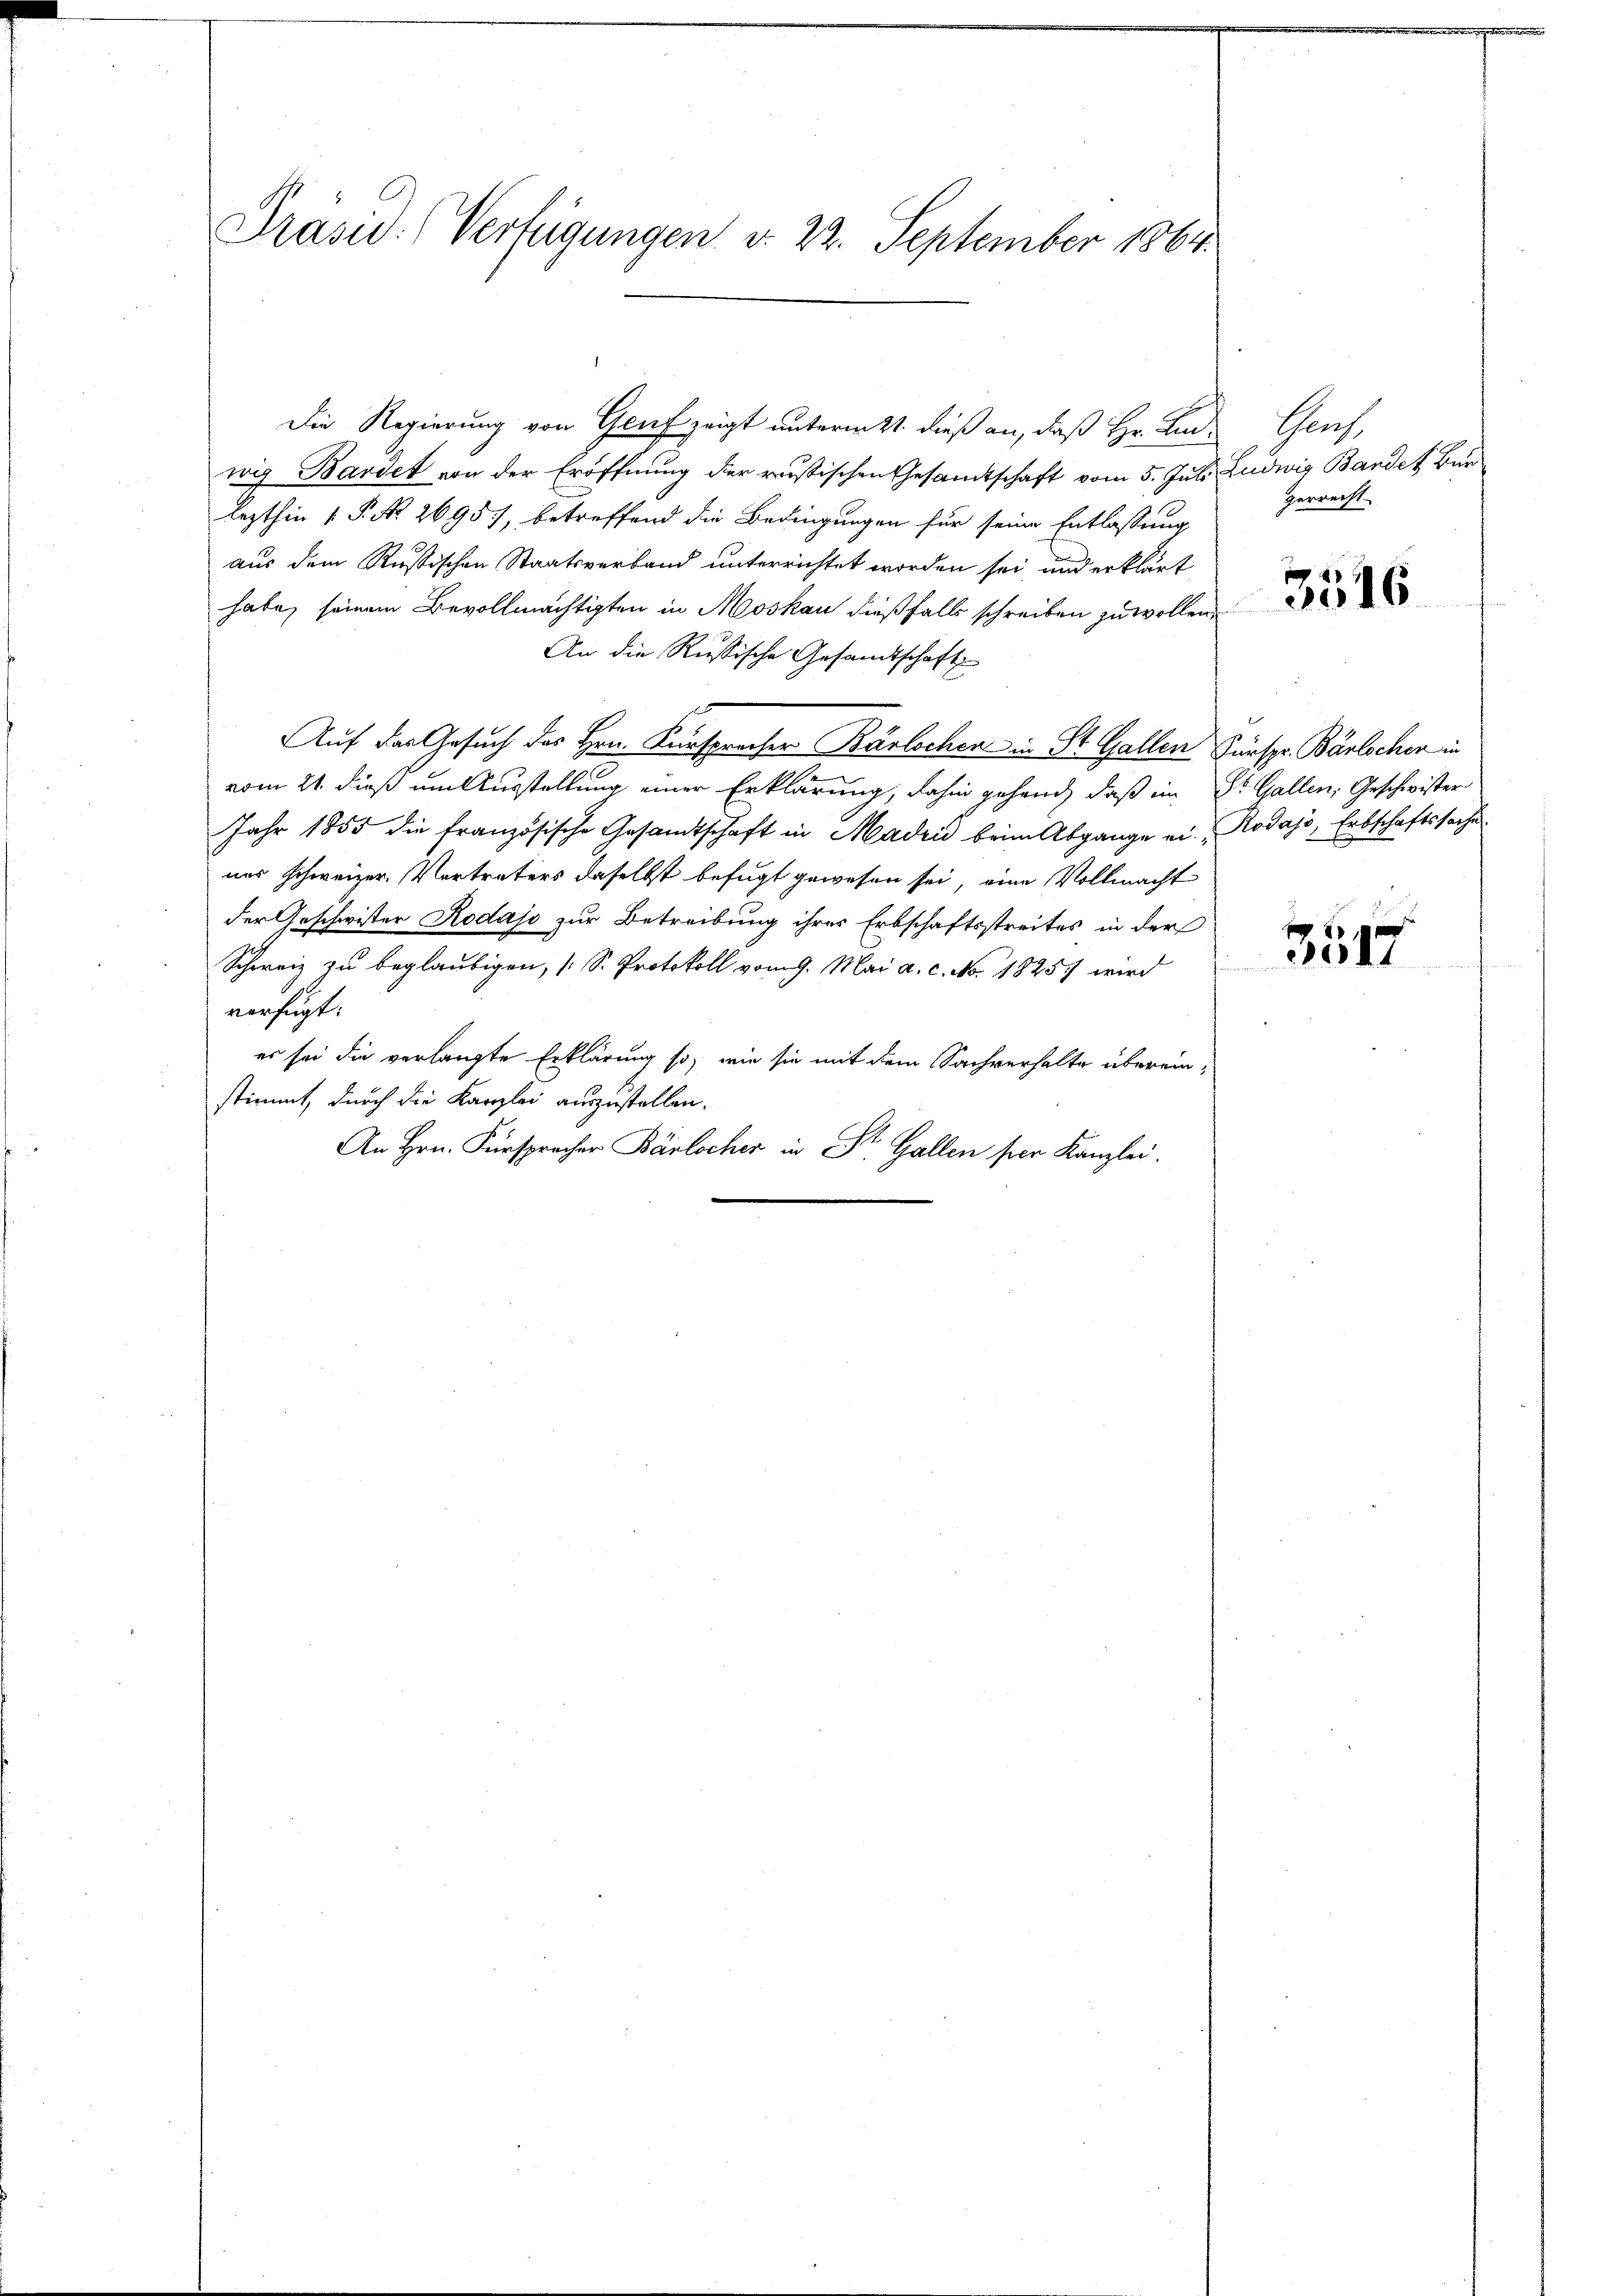
Präsid. (Verfügungen d. 22. September 1864.

Die Regierung von Gruf zeigt unterm 21. dieß an, daß Hr. Ein-
wig Bardet von der Eröffnung der russischen Gesamtschaft vom 5. Juli Ludwig Bandes Bur
lezthin 1 P. Nr. 2695), betreffend die Bedingungen für seine Entlassung
aus dem Russischen Staatsverband unterrichtet worden sei, und erklärt
habe, seinem Bevollmächtigten in Moskau dießfalls schreiben zu wollen.
An die Russische Gesandtschaft
Auf das Gesuch des Hrn. Keinspracher Bärlochen in St. Gallen Fürspr. Bärlochen in
vom 21. dieß um Ausstellung einer Erklärung, dahin gehand, daß im Dr. Gallen, Geschwister
Jahr 1855 die französische Gesandtschaft in Madrid beim Abgange ein Rodass, Erbschaftssache
nes Schweizer. Vertreters daselbst befugt gewesen sei, eine Vollmacht
der Geschwister Rodass zur Betreibung ihres Erbschaftsstreites in der
Schweiz zu beglaubigen, [S. Protokoll vom 9. Mai a. c. No. 1825 wird
verfügt:
es sei die verlangte Erklärung so, wie sie mit dem Sachverhalte übereinstimmt, durch die Kanzlei auszustellen.
An Hrn. Fürsprecher Bärlocher in St. Gallen ser Kanzlei.

Ges.
gerrecht.

3516

3517